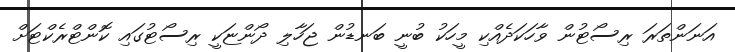
އަނަންތަރަ ރިސޯޓުން ވާހަކަދެއްކި މީހަކު ބުނީ ބަނޑުން ޖަހާލި ދޯންޏަކީ ރިސޯޓުގައި ކޮންޓްރެކްޓަށް